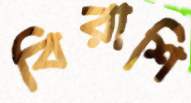
বিরাশি